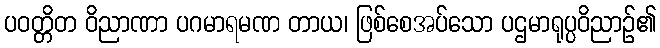
ပဝတ္တိတ ဝိညာဏာ ပဂမာရမဏ တာယ၊ ဖြစ်စေအပ်သော ပဌမာရုပ္ပဝိညာဉ်၏